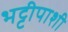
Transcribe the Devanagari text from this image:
भट्टीपाशी